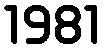
1981